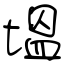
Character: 塭